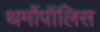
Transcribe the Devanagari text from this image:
थर्मोपॉलिस